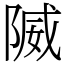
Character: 隇